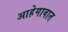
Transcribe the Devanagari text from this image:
आहेगावात